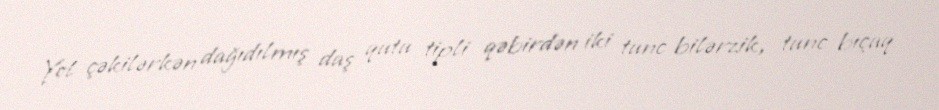
Yol çəkilərkən dağıdılmış daş qutu tipli qəbirdən iki tunc bilərzik, tunc bıçaq